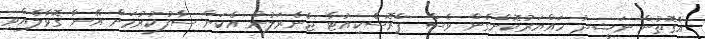
އެގޮތުން ނަޝީދު ހައްޔަރުކޮށްގެން ވެސް ޕްރޮސެކިއުޓާ ޖެނެރަލުން އެކަން ސާފުކުރުމަށް އޭނާ ގޮވާލެއްވި